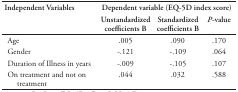
<table><thead><tr><td rowspan="3"><b>Independent Variables</b></td><td colspan="3"><b>Dependent variable (EQ-5D index score)</b></td></tr><tr><td><b>Unstandardized coefficients B</b></td><td><b>Standardized coefficients B</b></td><td><b><i>P</i>-value</b></td></tr></thead><tbody><tr><td>Age</td><td>.005</td><td>.090</td><td>.170</td></tr><tr><td>Gender</td><td>-.121</td><td>-.109</td><td>.064</td></tr><tr><td>Duration of Illness in years</td><td>-.009</td><td>-.105</td><td>.107</td></tr><tr><td>On treatment and not on treatment</td><td>.044</td><td>.032</td><td>.588</td></tr></tbody></table>